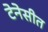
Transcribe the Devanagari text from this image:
टेनेसीत